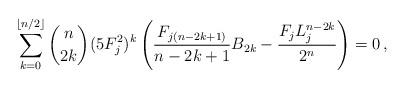
LaTeX: \begin{align*}\sum_{k=0}^{\lfloor{n}/{2}\rfloor}\binom{n}{2k} (5F_j^2)^k\left(\frac{F_{j(n-2k+1)}}{n-2k+1}{B_{2k}}-\frac{F_jL_j^{n-2k}}{2^n}\right) = 0\,,\end{align*}